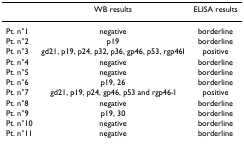
<table><thead><tr><td></td><td><b>WB results</b></td><td><b>ELISA results</b></td></tr></thead><tbody><tr><td>Pt. n°1</td><td>negative</td><td>borderline</td></tr><tr><td>Pt. n°2</td><td>p19</td><td>borderline</td></tr><tr><td>Pt. n°3</td><td>gd21, p19, p24, p32, p36, gp46, p53, rgp46I</td><td>positive</td></tr><tr><td>Pt. n°4</td><td>negative</td><td>borderline</td></tr><tr><td>Pt. n°5</td><td>negative</td><td>borderline</td></tr><tr><td>Pt. n°6</td><td>p19, 26</td><td>borderline</td></tr><tr><td>Pt. n°7</td><td>gd21, p19, p24, gp46, p53 and rgp46-I</td><td>positive</td></tr><tr><td>Pt. n°8</td><td>negative</td><td>borderline</td></tr><tr><td>Pt. n°9</td><td>p19, 30</td><td>borderline</td></tr><tr><td>Pt. n°10</td><td>negative</td><td>borderline</td></tr><tr><td>Pt. n°11</td><td>negative</td><td>borderline</td></tr></tbody></table>